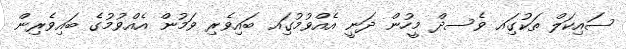
ސައިކަލް ތަކުގަިއ ވެސދް މީހުން ދަނީ އެއްވުމުގަިއ ބައިވެރި ވަމުން އެއްވުމުގެ ބައިވެރިން